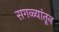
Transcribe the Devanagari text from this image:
सगळ्यांतून